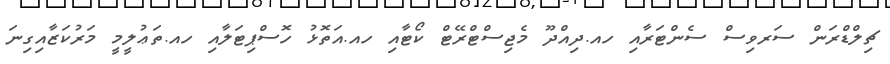
ޗިލްޑްރަން ސަރވިސް ސެންޓަރާއި ހއ.ދިއްދޫ މެޖިސްޓްރޭޓް ކޯޓާއި ހއ.އަތޮޅު ހޮސްޕިޓަލާއި ހއ.ތަޢުލީމީ މަރުކަޒާއިގިނަ